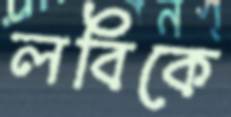
লবিকে